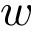
w